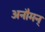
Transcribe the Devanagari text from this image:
अनौमन्